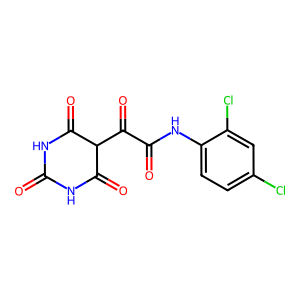
SMILES: O=C1NC(=O)C(C(=O)C(=O)Nc2ccc(Cl)cc2Cl)C(=O)N1
Inhibits HIV replication: No